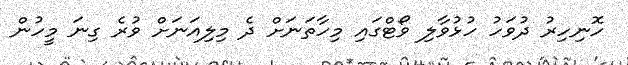
ހޮނިހިރު ދުވަހު ހުޅުވާލި ވޯޓްގައި މިހާތަނަށް ދެ މިލިއަނަށް ވުރެ ގިނަ މީހުން